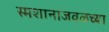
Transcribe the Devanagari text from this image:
स्मशानाजवळच्या